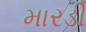
મારડી